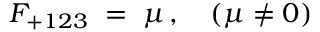
F _ { + 1 2 3 } \; = \; \mu \, , \quad ( \mu \neq 0 )